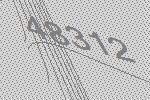
48312